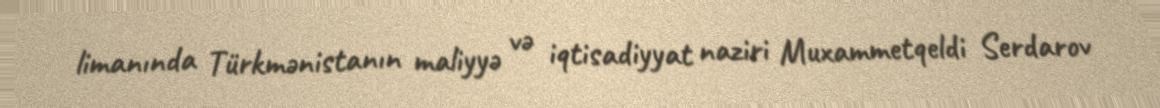
limanında Türkmənistanın maliyyə və iqtisadiyyat naziri Muxammetqeldi Serdarov